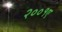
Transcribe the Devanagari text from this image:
२००१ए